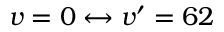
v = 0 \leftrightarrow v ^ { \prime } = 6 2